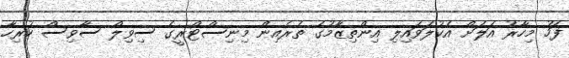
ފަހު މިހާރު އަލަށް އެކުލަވައިލި އިންތިޒާމުގެ ތެރެއިން މިނިސްޓްރީގެ ސިވިލް ސާވިސް ހުރިހާ